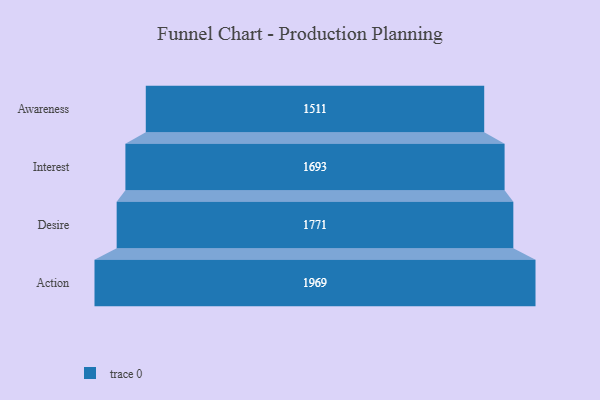
{"axis": {"x": "Stage", "y": "Value"}, "legend": [""], "data": [{"x": "Awareness", "y": 1511.0, "type": ""}, {"x": "Interest", "y": 1693.0, "type": ""}, {"x": "Desire", "y": 1771.0, "type": ""}, {"x": "Action", "y": 1969.0, "type": ""}]}